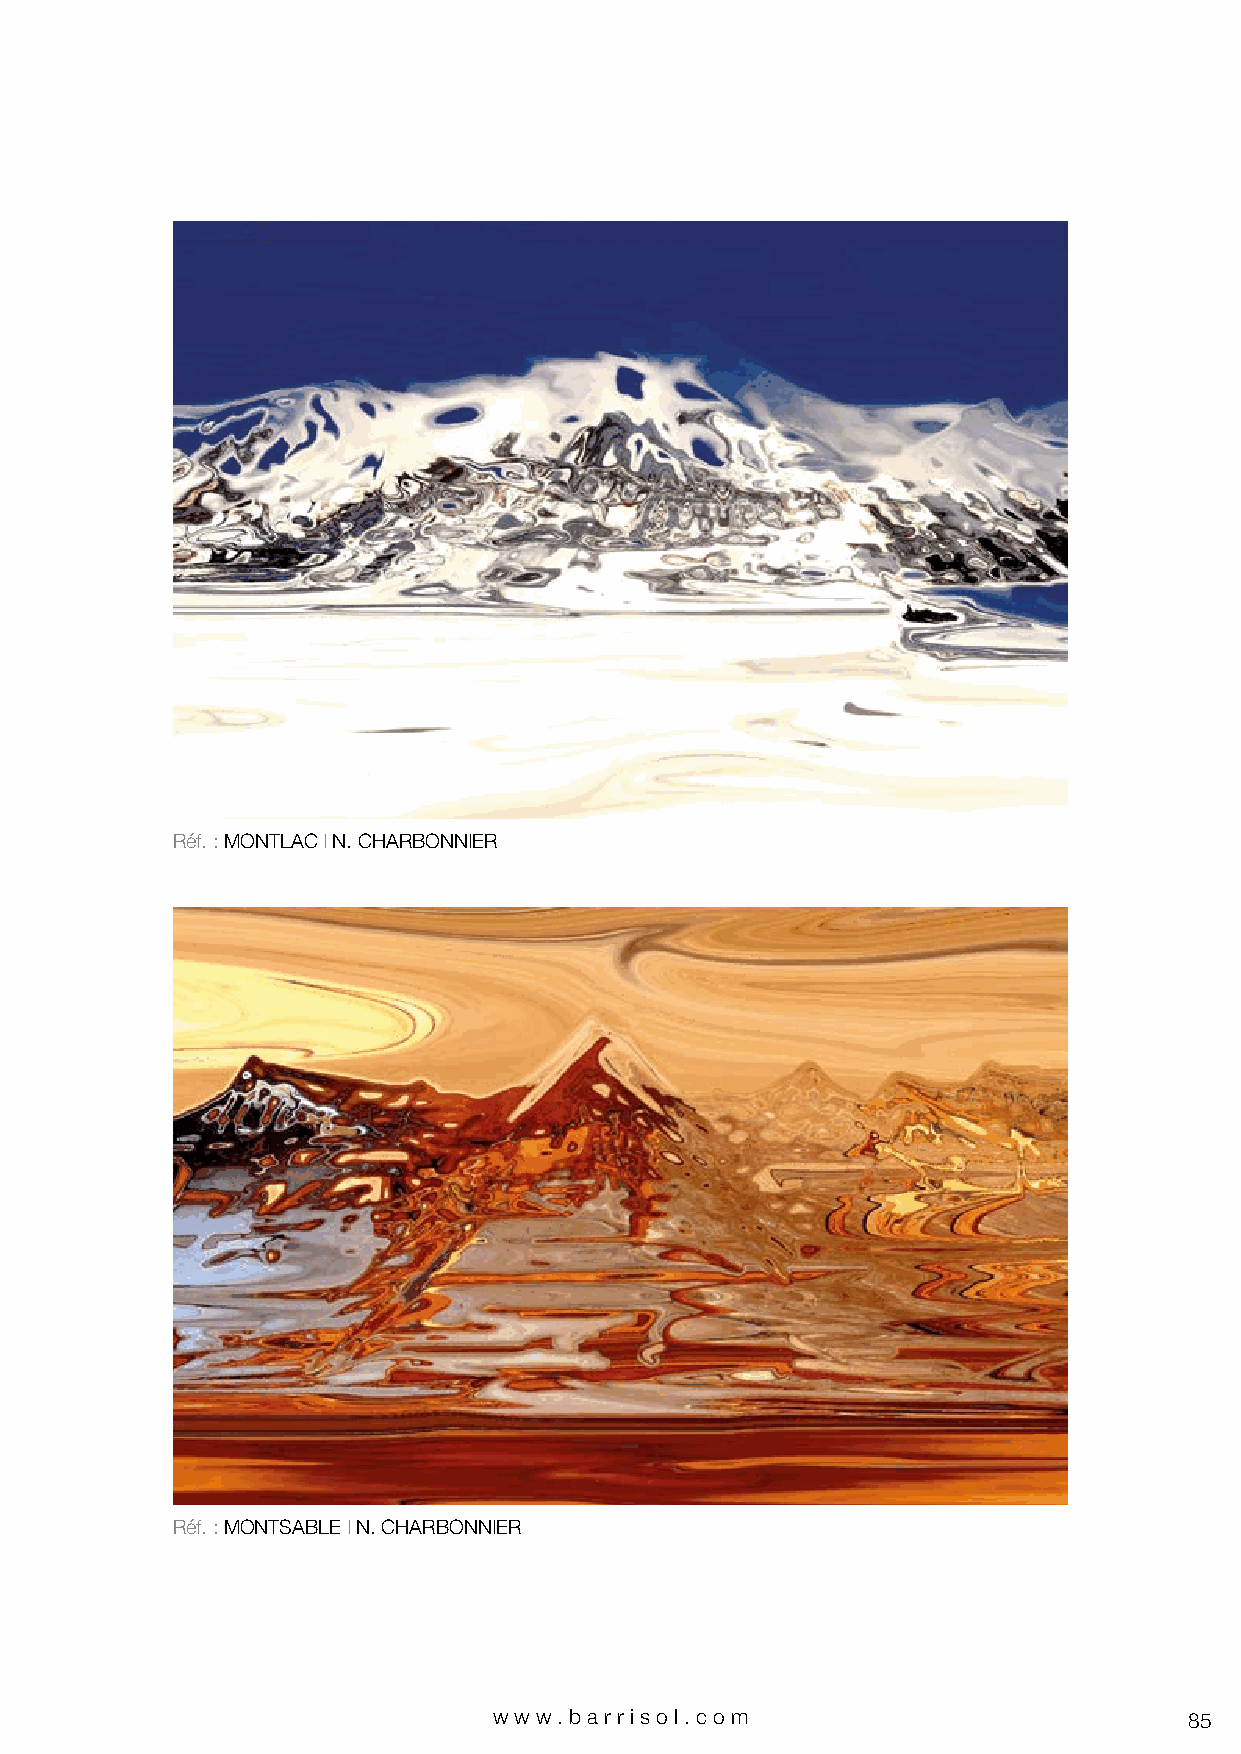
Réf. : MONTLAC I N. CHARBONNIER
 Réf. : MONTSABLE I N. CHARBONNIER
 www.bar riso l. com                           85